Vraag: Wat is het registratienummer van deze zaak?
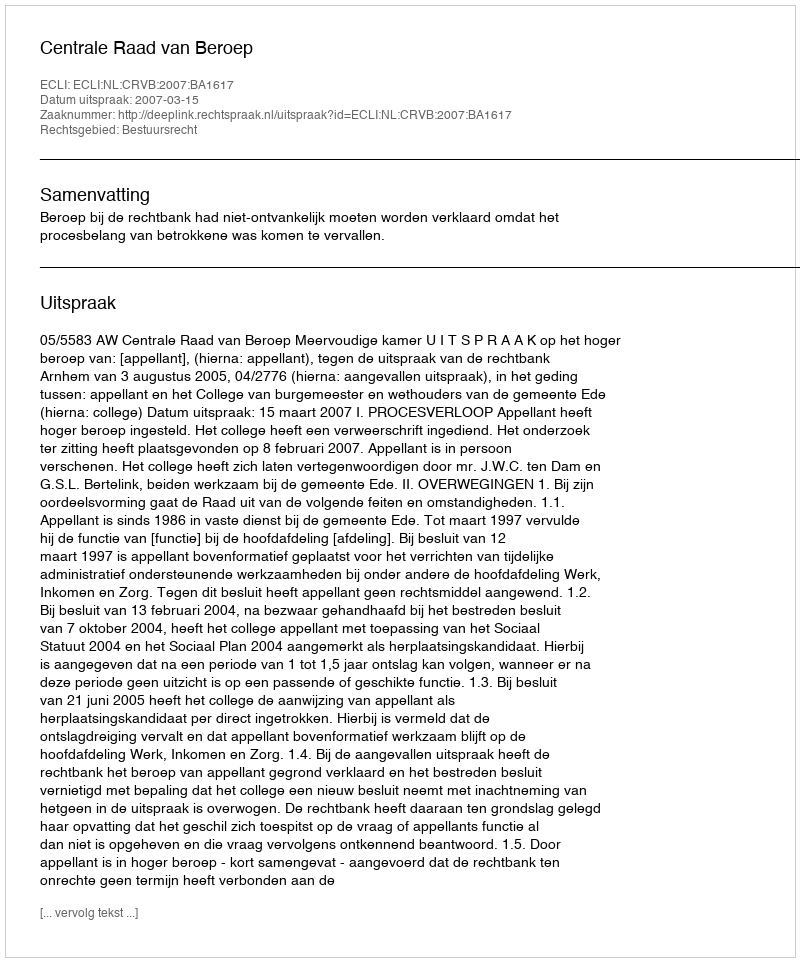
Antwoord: http://deeplink.rechtspraak.nl/uitspraak?id=ECLI:NL:CRVB:2007:BA1617